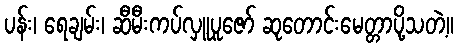
ပန်း၊ ရေချမ်း၊ ဆီမီးကပ်လှူပူဇော် ဆုတောင်းမေတ္တာပို့သတဲ့။